Civil Veterinary Dept. Assam report 1927-50 - 1927-1950
Year: 1927
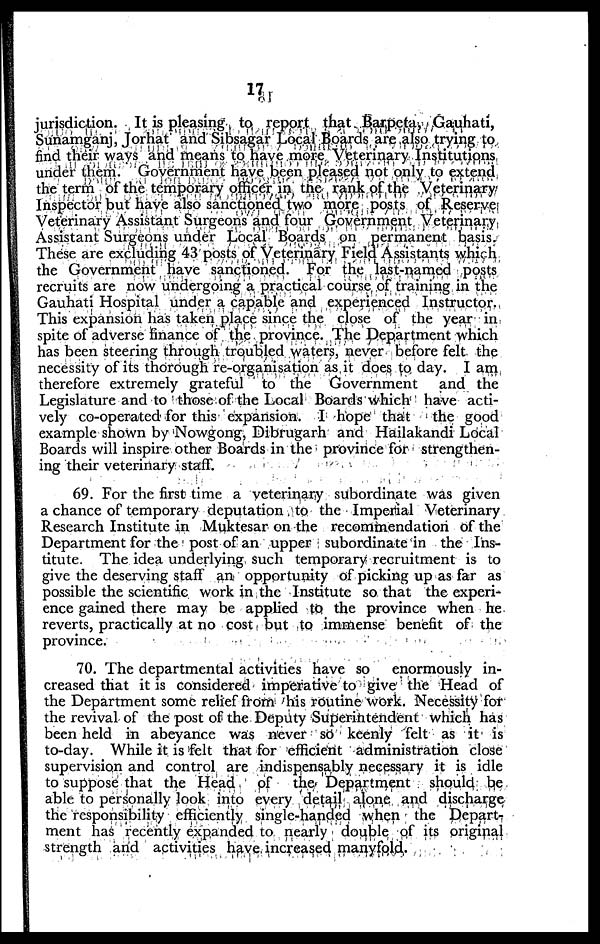
17
jurisdiction. It is pleasing to report that Barpeta, Gauhati,
Sunamganj, Jorhat and Sibsagar Local Boards are also trying to
find their ways and means to have more Veterinary Institutions
under them. Government have been pleased not only to extend
the term of the temporary officer in the rank of the Veterinary
Inspector but have also sanctioned two more posts of Reserve
Veterinary Assistant Surgeons and four Government Veterinary
Assistant Surgeons under Local Boards on permanent basis.
These are excluding 43 posts of Veterinary Field Assistants which
the Government have sanctioned. For the last-named posts
recruits are now undergoing a practical course of training in the
Gauhati Hospital under a capable and experienced Instructor.
This expansion has taken place since the close of the year in
spite of adverse finance of the province. The Department which
has been steering through troubled waters, never before felt the
necessity of its thorough re-organisation as it does to day. I am
therefore extremely grateful to the Government
and the
Legislature and to those of the Local Boards which have acti-
vely co-operated for this expansion. I hope that
the good
example shown by Nowgong, Dibrugarh and Hailakandi Local
Boards will inspire other Boards in the province for strengthen-
ing their veterinary staff.
69. For the first time a veterinary subordinate was given
a chance of temporary deputation to the Imperial Veterinary
Research Institute in Muktesar on the recommendation of the
Department for the post of an upper subordinate in the Ins-
titute. The idea underlying such temporary recruitment is to
give the deserving staff an opportunity of picking up as far as
possible the scientific work in the Institute so that the experi-
ence gained there may be applied to the province when he
reverts, practically at no cost but to immense benefit of the
province.
70. The departmental activities have so enormously in-
creased that it is considered imperative to give the Head of
the Department some relief from his routine work. Necessity for
the revival of the post of the Deputy Superintendent which has
been held in abeyance was never so keenly felt as it is
to-day. While it is felt that for efficient administration close
supervision and control are indispensably necessary it is idle
to suppose that the Head
of the Department should be
able to personally look into every detail alone and discharge
the responsibility efficiently single-handed when the Depart-
ment has recently expanded to nearly double of its original
strength and activities have increased manyfold.